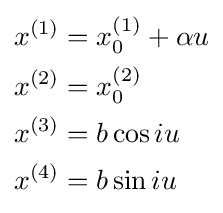
\scriptstyle {\begin{aligned}x^{(1)}&=x_{0}^{(1)}+\alpha u\\x^{(2)}&=x_{0}^{(2)}\\x^{(3)}&=b\cos iu\\x^{(4)}&=b\sin iu\end{aligned}}